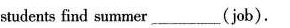
students find summer ___ (job).